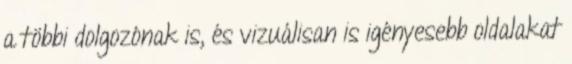
a többi dolgozónak is, és vizuálisan is igényesebb oldalakat